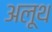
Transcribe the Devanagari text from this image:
अलूथ